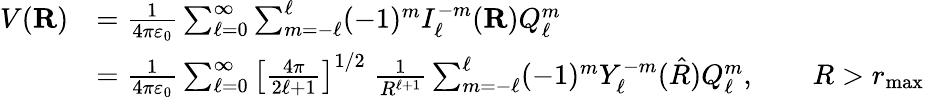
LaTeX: {\begin{array}{rl}{V(\mathbf{R})}&{={\frac{1}{4\pi\varepsilon_{0}}}\sum_{\ell=0}^{\infty}\sum_{m=-\ell}^{\ell}(-1)^{m}I_{\ell}^{-m}(\mathbf{R})Q_{\ell}^{m}}\\ &{={\frac{1}{4\pi\varepsilon_{0}}}\sum_{\ell=0}^{\infty}\left[{\frac{4\pi}{2\ell+1}}\right]^{1/2}\; {\frac{1}{R^{\ell+1}}}\sum_{m=-\ell}^{\ell}(-1)^{m}Y_{\ell}^{-m}({\hat{R}})Q_{\ell}^{m},\qquad R>r_{\mathrm{max}}}\end{array}}